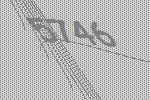
5746